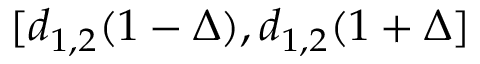
[ d _ { 1 , 2 } ( 1 - \Delta ) , d _ { 1 , 2 } ( 1 + \Delta ]